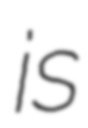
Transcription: is